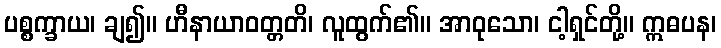
ပစ္စက္ခာယ၊ ချ၍။ ဟီနာယာဝတ္တတိ၊ လူထွက်၏။ အာဝုသော၊ ငါ့ရှင်တို့။ ဣဓပန၊